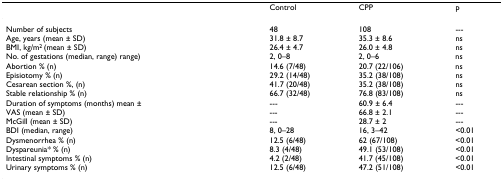
|  | Control | CPP | p |
 | --- | --- | --- | --- |
 | Number of subjects | 48 | 108 | --- |
 | Age, years (mean ± SD) | 31.8 ± 8.7 | 35.3 ± 8.6 | ns |
 | BMI, kg/m2 (mean ± SD) | 26.4 ± 4.7 | 26.0 ± 4.8 | ns |
 | No. of gestations (median, range) range) | 2, 0–8 | 2, 0–6 | ns |
 | Abortion % (n) | 14.6 (7/48) | 20.7 (22/106) | ns |
 | Episiotomy % (n) | 29.2 (14/48) | 35.2 (38/108) | ns |
 | Cesarean section %, (n) | 41.7 (20/48) | 35.2 (38/108) | ns |
 | Stable relationship % (n) | 66.7 (32/48) | 76.8 (83/108) | ns |
 | Duration of symptoms (months) mean ± | --- | 60.9 ± 6.4 | --- |
 | VAS (mean ± SD) | --- | 66.8 ± 2.1 | --- |
 | McGill (mean ± SD) | --- | 28.7 ± 2 | --- |
 | BDI (median, range) | 8, 0–28 | 16, 3–42 | <0.01 |
 | Dysmenorrhea % (n) | 12.5 (6/48) | 62 (67/108) | <0.01 |
 | Dyspareunia* % (n) | 8.3 (4/48) | 49.1 (53/108) | <0.01 |
 | Intestinal symptoms % (n) | 4.2 (2/48) | 41.7 (45/108) | <0.01 |
 | Urinary symptoms % (n) | 12.5 (6/48) | 47.2 (51/108) | <0.01 |